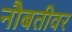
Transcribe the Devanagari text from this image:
नौबतीवर